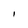
Character: I